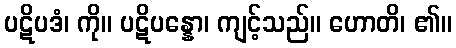
ပဋိပဒံ၊ ကို။ ပဋိပန္နော၊ ကျင့်သည်။ ဟောတိ၊ ၏။